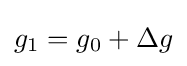
g_{1}=g_{0}+\Delta g